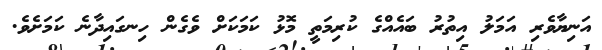
އަނިޔާވެރި އަމަލު އިތުރު ބައެއްގެ ކުރިމަތީ މޮޅު ކަމަކަށް ވެގެން ހިނގައިދާނެ ކަމަށެވެ.